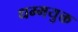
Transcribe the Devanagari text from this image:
धम्मयुक्त